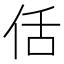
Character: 佸